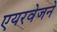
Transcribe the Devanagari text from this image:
एयरवेजने